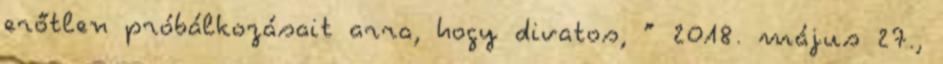
erőtlen próbálkozásait arra, hogy divatos, ” 2018. május 27.,